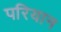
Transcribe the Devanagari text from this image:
परियान